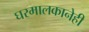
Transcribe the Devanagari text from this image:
घरमालकानेही